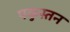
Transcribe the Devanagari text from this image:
पकुस्तन